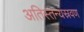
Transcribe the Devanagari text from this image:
अतिस्तन्यस्रवण